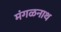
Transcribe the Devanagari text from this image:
मंगळनाथ